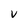
Character: V